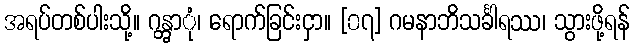
အရပ်တစ်ပါးသို့။ ဂန္တွာုံ၊ ရောက်ခြင်းငှာ။ [၀၇] ဂမနာဘိသင်္ခါရဿ၊ သွားဖို့ရန်